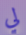
لي